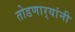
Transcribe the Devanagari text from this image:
तोडणार्‍यांनी